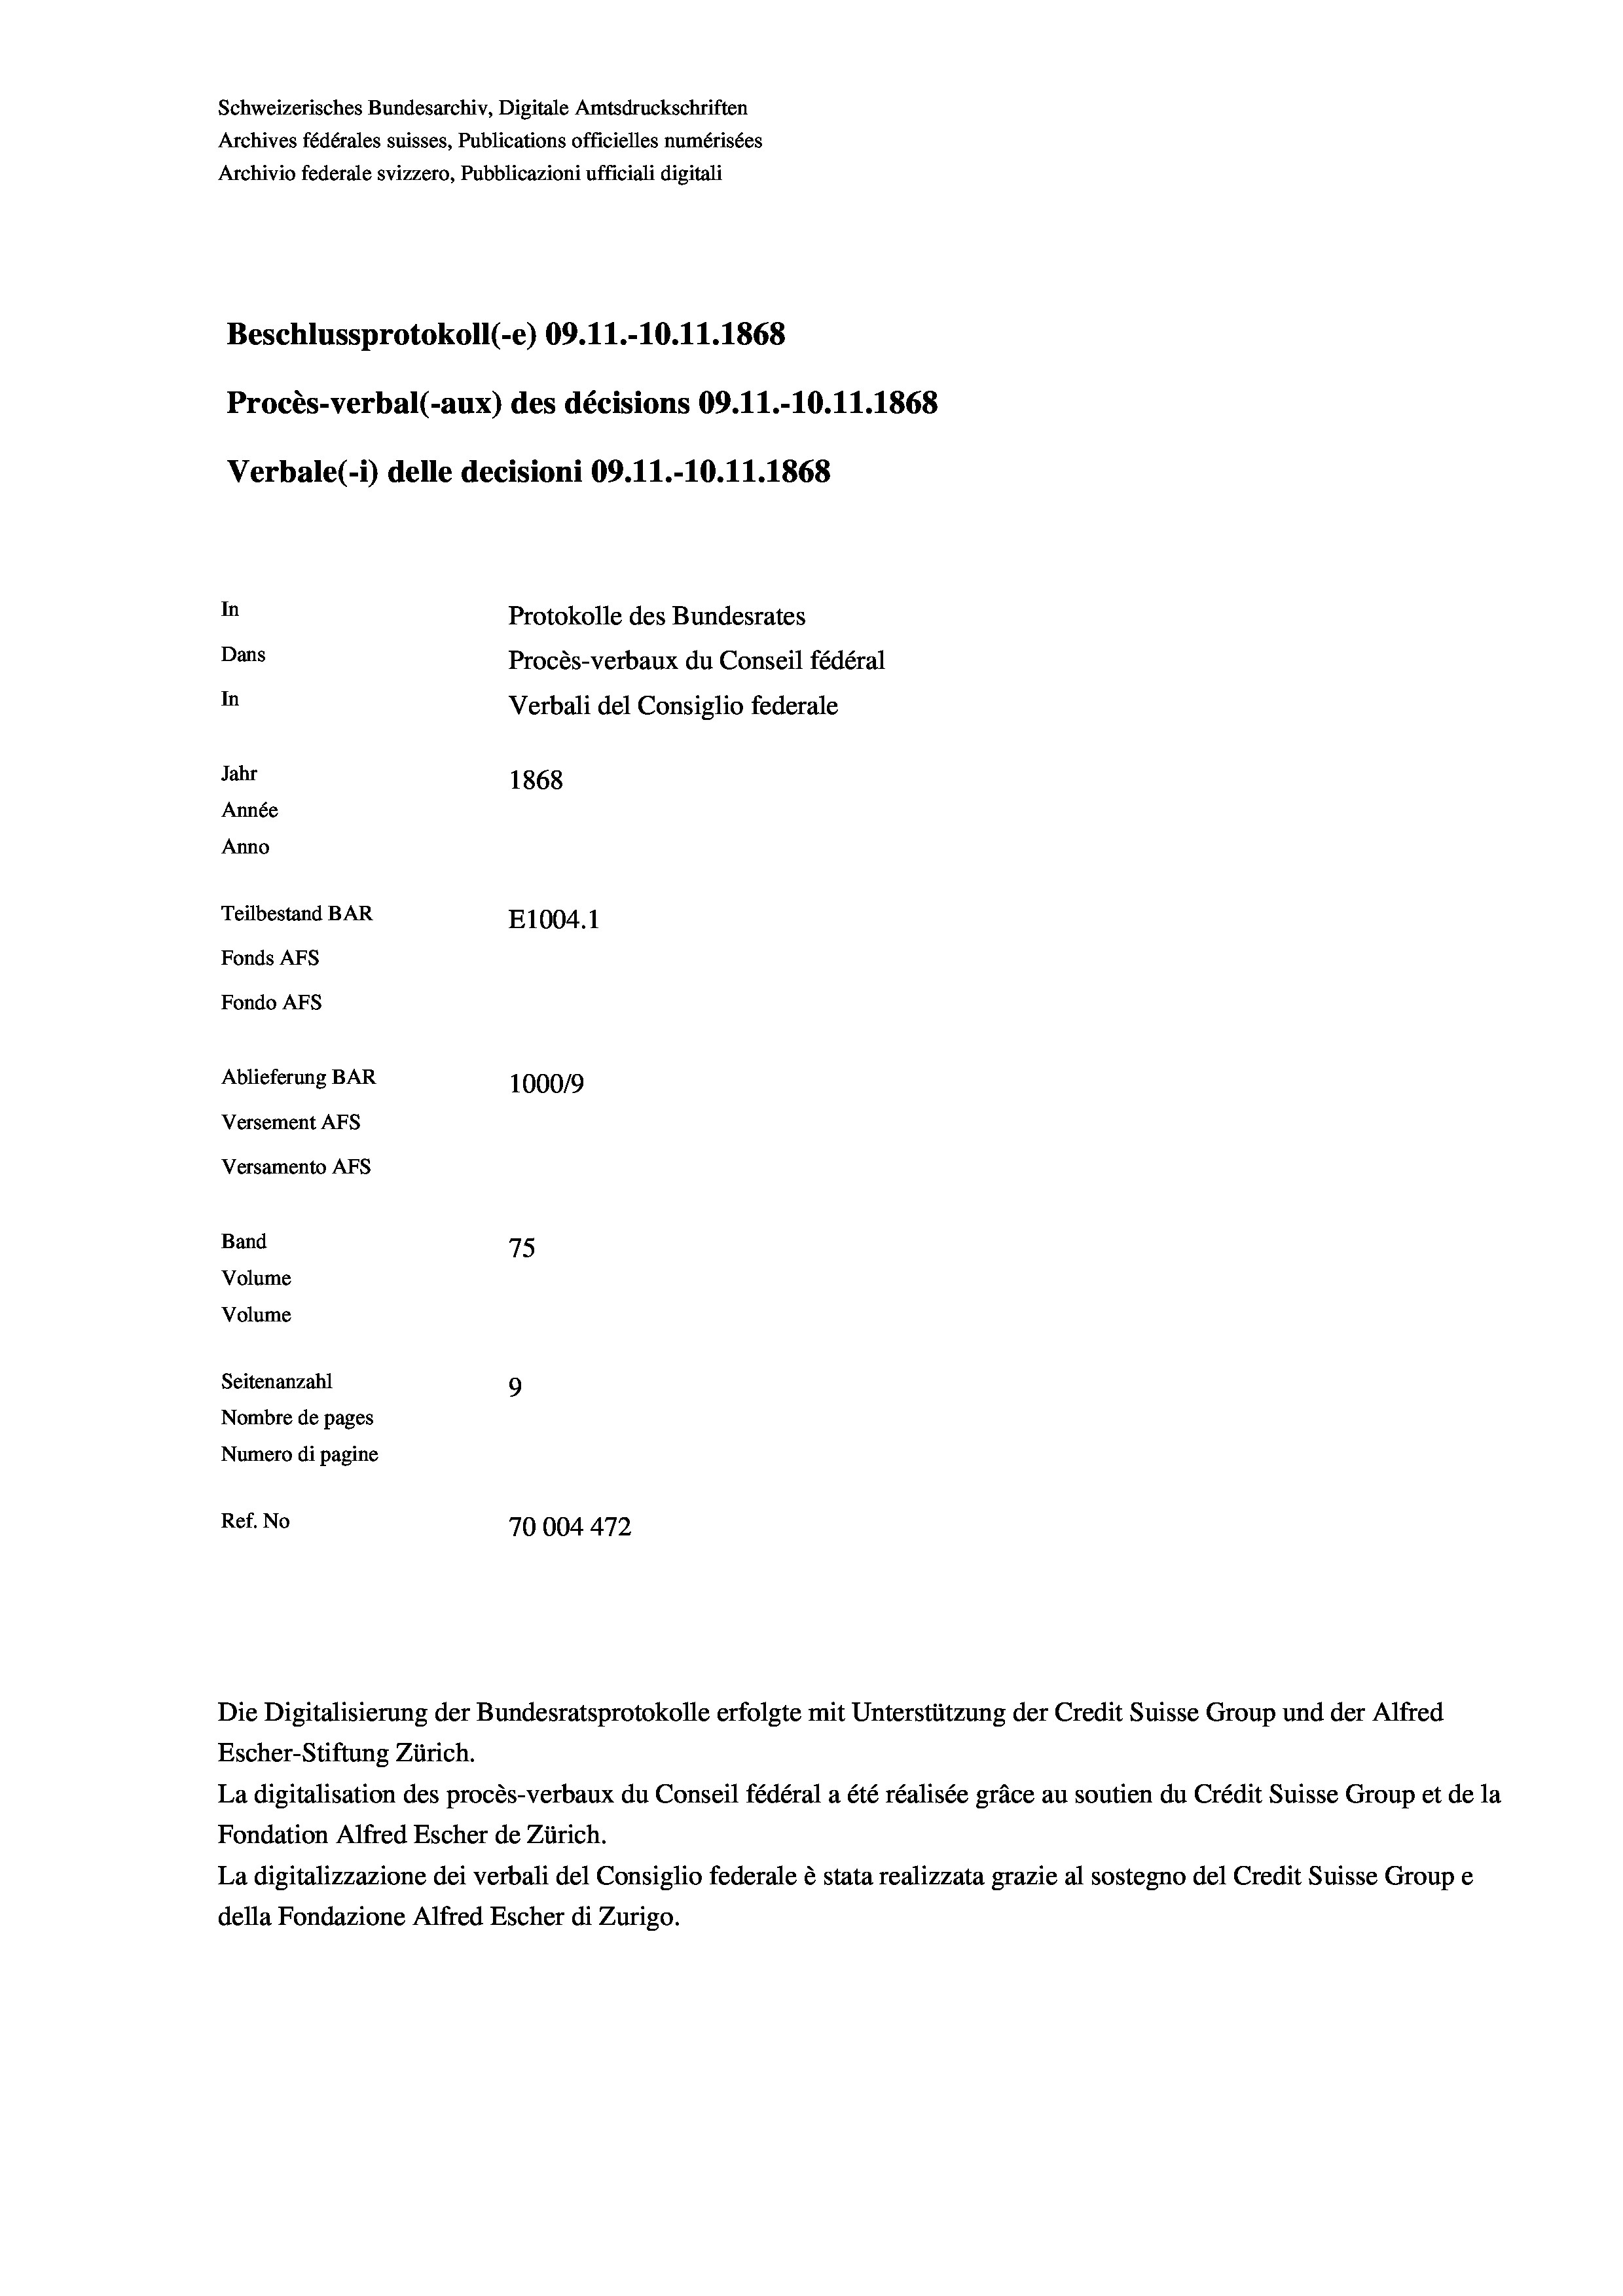
Beschlussprotokoll (-e) 09.11.-10.11.1868
In
Protokolle des Bundesrates
Dans
Procès-verbaux du Conseil fédéral
In
Verbali del Consiglio federale
Jahr
1868
Année
Anno
Teilbestand BAR
E1004. 1
Fonds AFs
Fondo AFS

Verbale (i) delle decisioni 09.11.-10.11.1868

Ablieferung BAR
Versement AFs
Versamento Afs
Band
Volume
Volume

Schweizerisches Bundesarchiv, Digitale Amtsdruckschriften
Archives fédérales suisses, Publications officielles numérisées
Archivio federale svizzero, Pubblicazioni ufficiali digitali

Procès-verbal (-aux) des décisions 09.11.-10.11.1868

100019
75
Seitenanzahl
9
Nombre de pages
Numero di pagine
Ref. No
70004472

Die Digitalisierung der Bundesratsprotokolle erfolgte mit Unterstützung der Credit Suisse Group und der Alfred
Escher-Stiftung Zürich.
La digitalisation des procès-verbaux du Conseil fédéral a été réalisée gräce au soutien du Crédit Suisse Group et de la
Fondation Alfred Escher de Zürich.
La digitalizzazione dei verbali del Consiglio federale è stata realizzata grazie al sostegno del Credit Suisse Groupe
della Fondazione Alfred Escher di Zurigo.